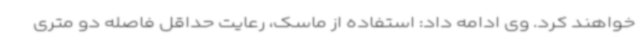
خواهند کرد. وی ادامه داد: استفاده از ماسک، رعایت حداقل فاصله دو متری